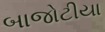
બાજોટીયા